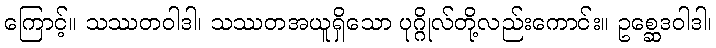
ကြောင့်။ သဿတဝါဒါ၊ သဿတအယူရှိသော ပုဂ္ဂိုလ်တို့လည်းကောင်း။ ဥစ္ဆေဒဝါဒါ၊